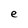
Character: e